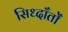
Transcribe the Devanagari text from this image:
सिध्दाँतोँ